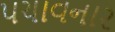
પચાવનાર